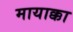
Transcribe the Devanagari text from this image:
मायाक्का